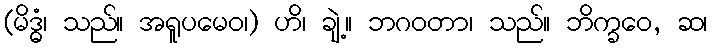
(မိဒ္ဓံ၊ သည်။ အရူပမေဝ၊) ဟိ၊ ချဲ့။ ဘဂဝတာ၊ သည်။ ဘိက္ခဝေ, ဆ၊